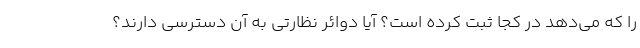
را که می‌دهد در کجا ثبت کرده است؟ آیا دوائر نظارتی به آن دسترسی دارند؟